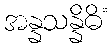
အန္နသန္နိဓိံ